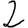
Digit: 2